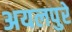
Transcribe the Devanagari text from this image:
अयलपुरे